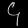
Digit: ၄